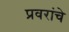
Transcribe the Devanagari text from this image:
प्रवरांचे